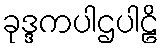
ခုဒ္ဒကပါဌပါဠိ